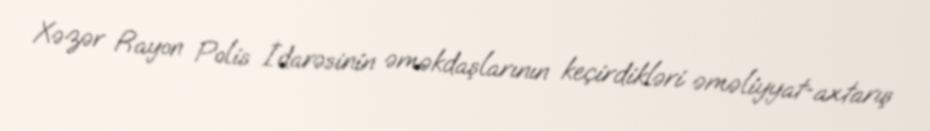
Xəzər Rayon Polis İdarəsinin əməkdaşlarının keçirdikləri əməliyyat-axtarış